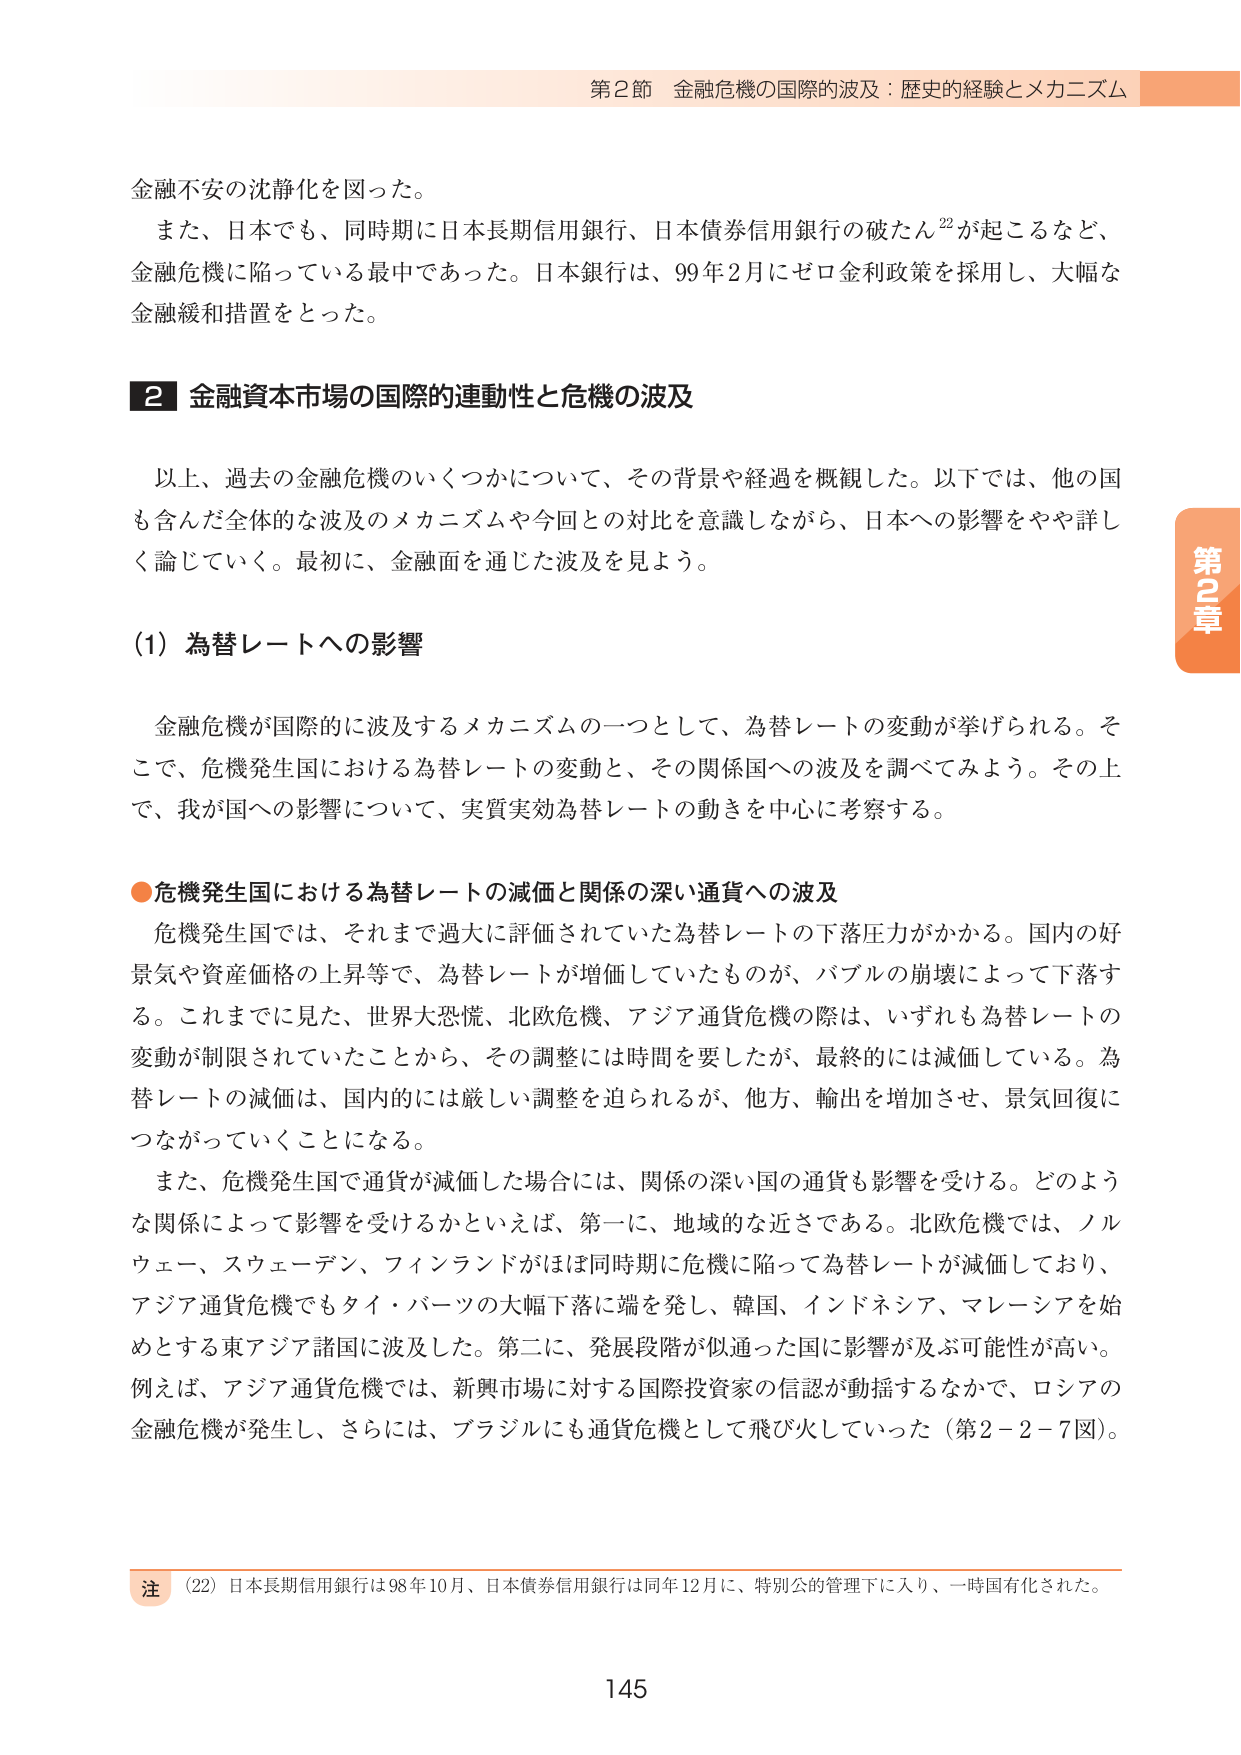
第2節 金融危機の国際的波及：歴史的経験とメカニズム

金融不安の沈静化を図った。
また、日本でも、同時期に日本長期信用銀行、日本債券信用銀行の破たん²²が起こるなど、
金融危機に陥っている最中であった。日本銀行は、99年2月にゼロ金利政策を採用し、大幅な
金融緩和措置をとった。

2 金融資本市場の国際的連動性と危機の波及

以上、過去の金融危機のいくつかについて、その背景や経過を概観した。以下では、他の国
も含んだ全体的な波及のメカニズムや今回との対比を意識しながら、日本への影響をやや詳し
く論じていく。最初に、金融面を通じた波及を見よう。

(1) 為替レートへの影響

金融危機が国際的に波及するメカニズムの一つとして、為替レートの変動が挙げられる。そ
こで、危機発生国における為替レートの変動と、その関係国への波及を調べてみよう。その上
で、我が国への影響について、実質実効為替レートの動きを中心に考察する。

●危機発生国における為替レートの減価と関係の深い通貨への波及

危機発生国では、それまで過大に評価されていた為替レートの下落圧力がかかる。国内の好
景気や資産価格の上昇等で、為替レートが増価していたものが、バブルの崩壊によって下落す
る。これまでに見た、世界大恐慌、北欧危機、アジア通貨危機の際は、いずれも為替レートの
変動が制限されていたことから、その調整には時間を要したが、最終的には減価している。為
替レートの減価は、国内的には厳しい調整を迫られるが、他方、輸出を増加させ、景気回復に
つながっていくことになる。

また、危機発生国で通貨が減価した場合には、関係の深い国の通貨も影響を受ける。どのよう
な関係によって影響を受けるかといえば、第一に、地域的な近さである。北欧危機では、ノル
ウェー、スウェーデン、フィンランドがほぼ同時期に危機に陥って為替レートが減価しており、
アジア通貨危機でもタイ・バーツの大幅下落に端を発し、韓国、インドネシア、マレーシアを始
めとする東アジア諸国に波及した。第二に、発展段階が似通った国に影響が及ぶ可能性が高い。
例えば、アジア通貨危機では、新興市場に対する国際投資家の信認が動揺するなかで、ロシアの
金融危機が発生し、さらには、ブラジルにも通貨危機として飛び火していった（第2－2－7図）。

注 (22) 日本長期信用銀行は98年10月、日本債券信用銀行は同年12月に、特別公的管理下に入り、一時国有化された。

第2章

145